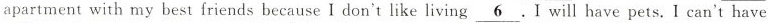
apartment with my best friends because I don't like living \underline{6} will have pets.I can't have